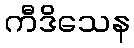
ကီဒိသေန